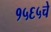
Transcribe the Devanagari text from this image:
१५६५चे